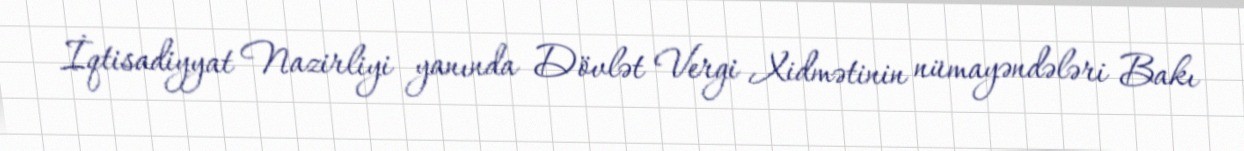
İqtisadiyyat Nazirliyi yanında Dövlət Vergi Xidmətinin nümayəndələri Bakı